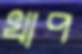
খাপ